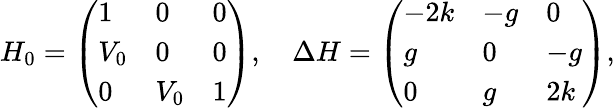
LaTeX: H_{0}=\left(\begin{array}{lll}{1}&{0}&{0}\\ {V_{0}}&{0}&{0}\\ {0}&{V_{0}}&{1}\end{array}\right),\quad\Delta H=\left(\begin{array}{lll}{-2k}&{-g}&{0}\\ {g}&{0}&{-g}\\ {0}&{g}&{2k}\end{array}\right),